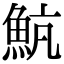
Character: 𩶞